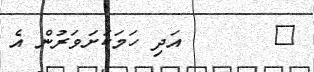
٨       އަދި ހަމަކަށަވަރުން އެ